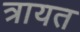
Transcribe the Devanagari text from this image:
त्रायत